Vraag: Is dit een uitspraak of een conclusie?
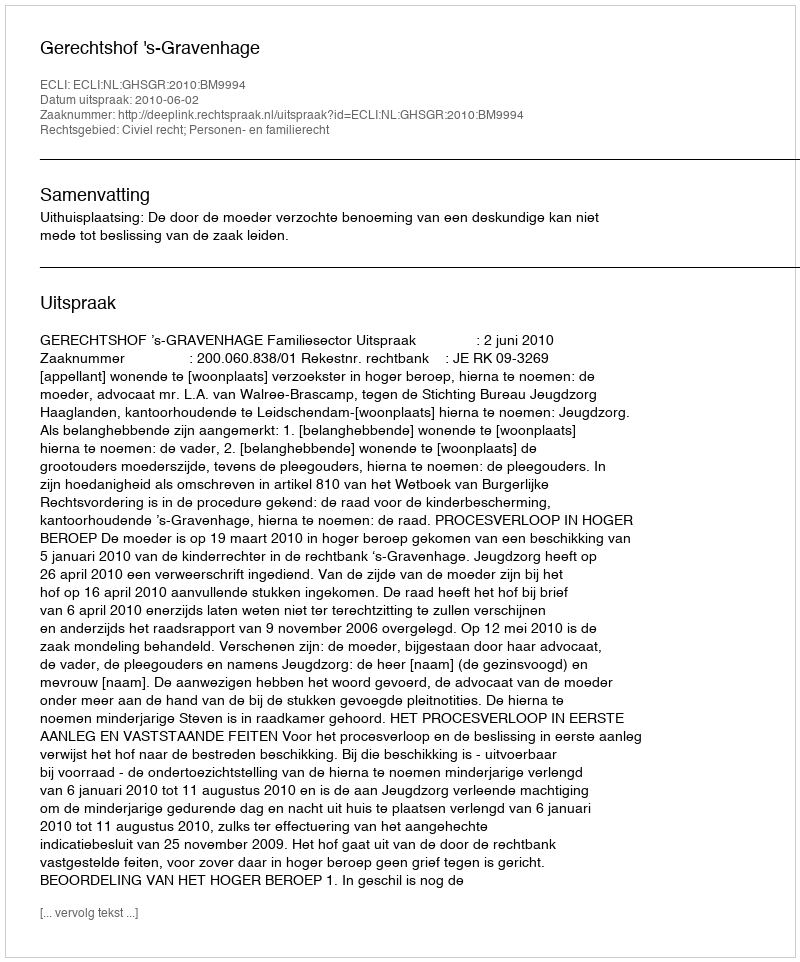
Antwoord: Uitspraak